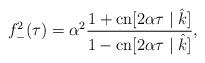
LaTeX: \begin{align*}f^2_-(\tau)=\alpha^2\frac{1+\mbox{cn}[2\alpha\tau\mid \hat{k}]}{1-\mbox{cn}[2\alpha\tau\mid \hat{k}]},\end{align*}